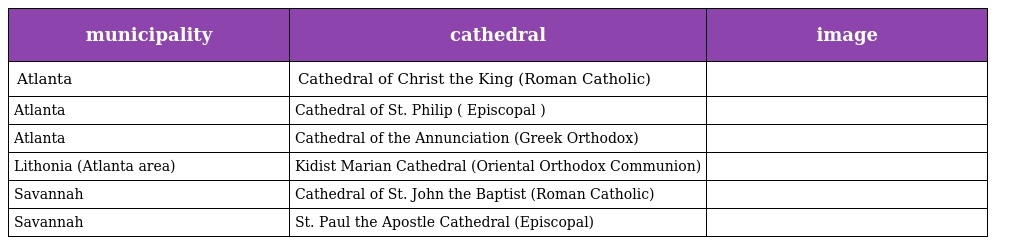
| municipality | cathedral | image |
 | --- | --- | --- |
 | Atlanta | Cathedral of Christ the King (Roman Catholic) |  |
 | Atlanta | Cathedral of St. Philip ( Episcopal ) |  |
 | Atlanta | Cathedral of the Annunciation (Greek Orthodox) |  |
 | Lithonia (Atlanta area) | Kidist Marian Cathedral (Oriental Orthodox Communion) |  |
 | Savannah | Cathedral of St. John the Baptist (Roman Catholic) |  |
 | Savannah | St. Paul the Apostle Cathedral (Episcopal) |  |